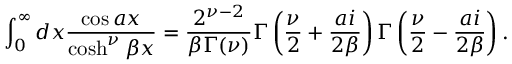
\int _ { 0 } ^ { \infty } d x \frac { \cos a x } { \cosh ^ { \nu } \beta x } = \frac { 2 ^ { \nu - 2 } } { \beta \Gamma ( \nu ) } \Gamma \left( \frac { \nu } { 2 } + \frac { a i } { 2 \beta } \right) \Gamma \left( \frac { \nu } { 2 } - \frac { a i } { 2 \beta } \right) .